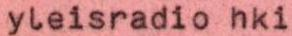
yleisradio hki